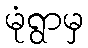
မုံရွာမှ